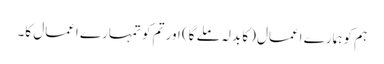
ہم کو ہمارے اعمال (کا بدلہ ملے گا) اور تم کو تمہارے اعمال کا۔